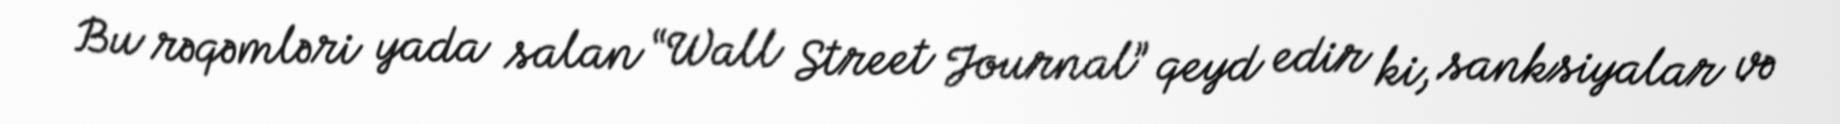
Bu rəqəmləri yada salan “Wall Street Journal” qeyd edir ki, sanksiyalar və